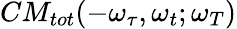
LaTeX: CM_{tot}(-\omega_{\tau},\omega_{t};\omega_{T})